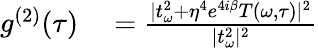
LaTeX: \begin{array}{rl}{g^{(2)}(\tau)}&{{}=\frac{|t_{\omega}^{2}+\eta^{4}e^{4i\beta}T(\omega,\tau)|^{2}}{|t_{\omega}^{2}|^{2}}}\end{array}